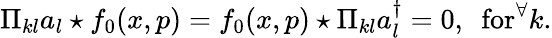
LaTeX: \Pi_{kl}a_{l}\star f_{0}(x,p)=f_{0}(x,p)\star\Pi_{kl}a_{l}^{\dagger}=0,~~\mathrm{for}^{\forall}k.